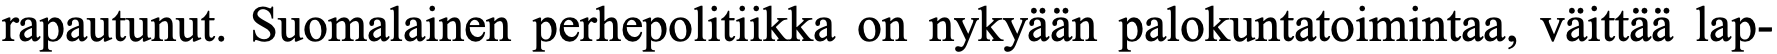
rapautunut. Suomalainen perhepolitiikka on nykyään palokuntatoimintaa, väittää lap-